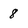
Character: 8